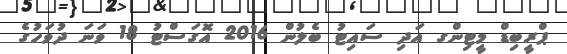
ޕްރީބިޑް މީޓިންގ އަދި ސައިޓު ބެލުން 2016 އޮގަސްޓު 18 ވަނަ ދުވަހުގެ